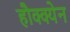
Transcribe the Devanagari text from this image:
हौक्क्येन